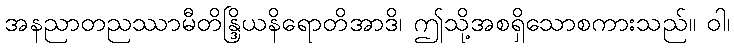
အနညာတညဿာမီတိန္ဒြိယနိရောတိအာဒိ၊ ဤသို့အစရှိသောစကားသည်။ ဝါ၊